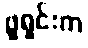
ဖူရှင်းက